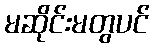
မဆိုင်းမတွပင်